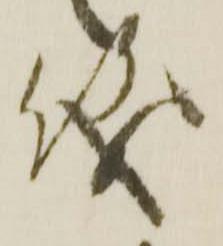
儀